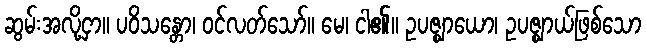
ဆွမ်းအလို့ငှာ။ ပဝိသန္တော၊ ဝင်လတ်သော်။ မေ၊ ငါ၏။ ဥပဇ္ဈာယော၊ ဥပဇ္ဈာယ်ဖြစ်သော